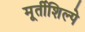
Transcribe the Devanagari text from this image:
मूर्तीशिल्पे